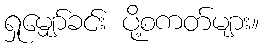
ရှုမျှော်ခင်း ပို့စကတ်များ။